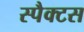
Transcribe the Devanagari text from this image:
स्पैक्टस